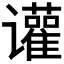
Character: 𬤰